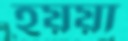
হয়য়া